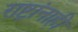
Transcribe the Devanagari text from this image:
राष्ट्रांनाही